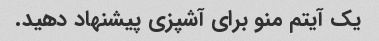
یک آیتم منو برای آشپزی پیشنهاد دهید.